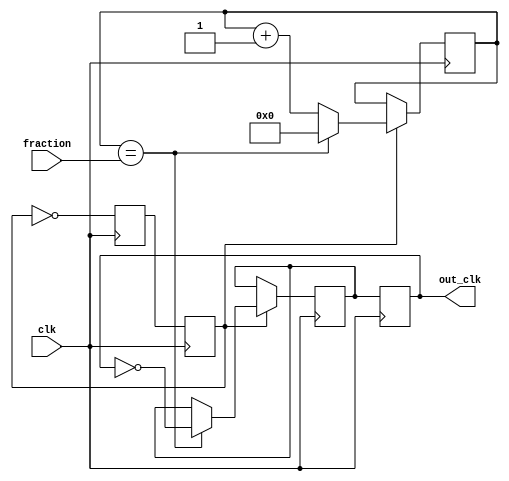
module fractional_clock_divider (
    input        clk,             // Input clock signal
    input [7:0]  fraction,        // Fractional divider value
    output reg   out_clk          // Output divided clock signal
);

reg [7:0] count;
reg        sync;
reg        next_sync;
reg        next_out_clk;

always @(posedge clk) begin
    if (sync) begin
        count <= count + 1;
        if (count == fraction) begin
            count <= 0;
            next_out_clk <= ~out_clk;
        end
    end
end

always @(posedge clk) begin
    sync <= next_sync;
    next_sync <= ~sync;
end

always @(posedge clk) begin
    out_clk <= next_out_clk;
end

endmodule